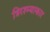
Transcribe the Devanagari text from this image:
त्रिरश्म्याकार